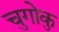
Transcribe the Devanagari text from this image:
चुगोकु